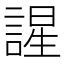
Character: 謃